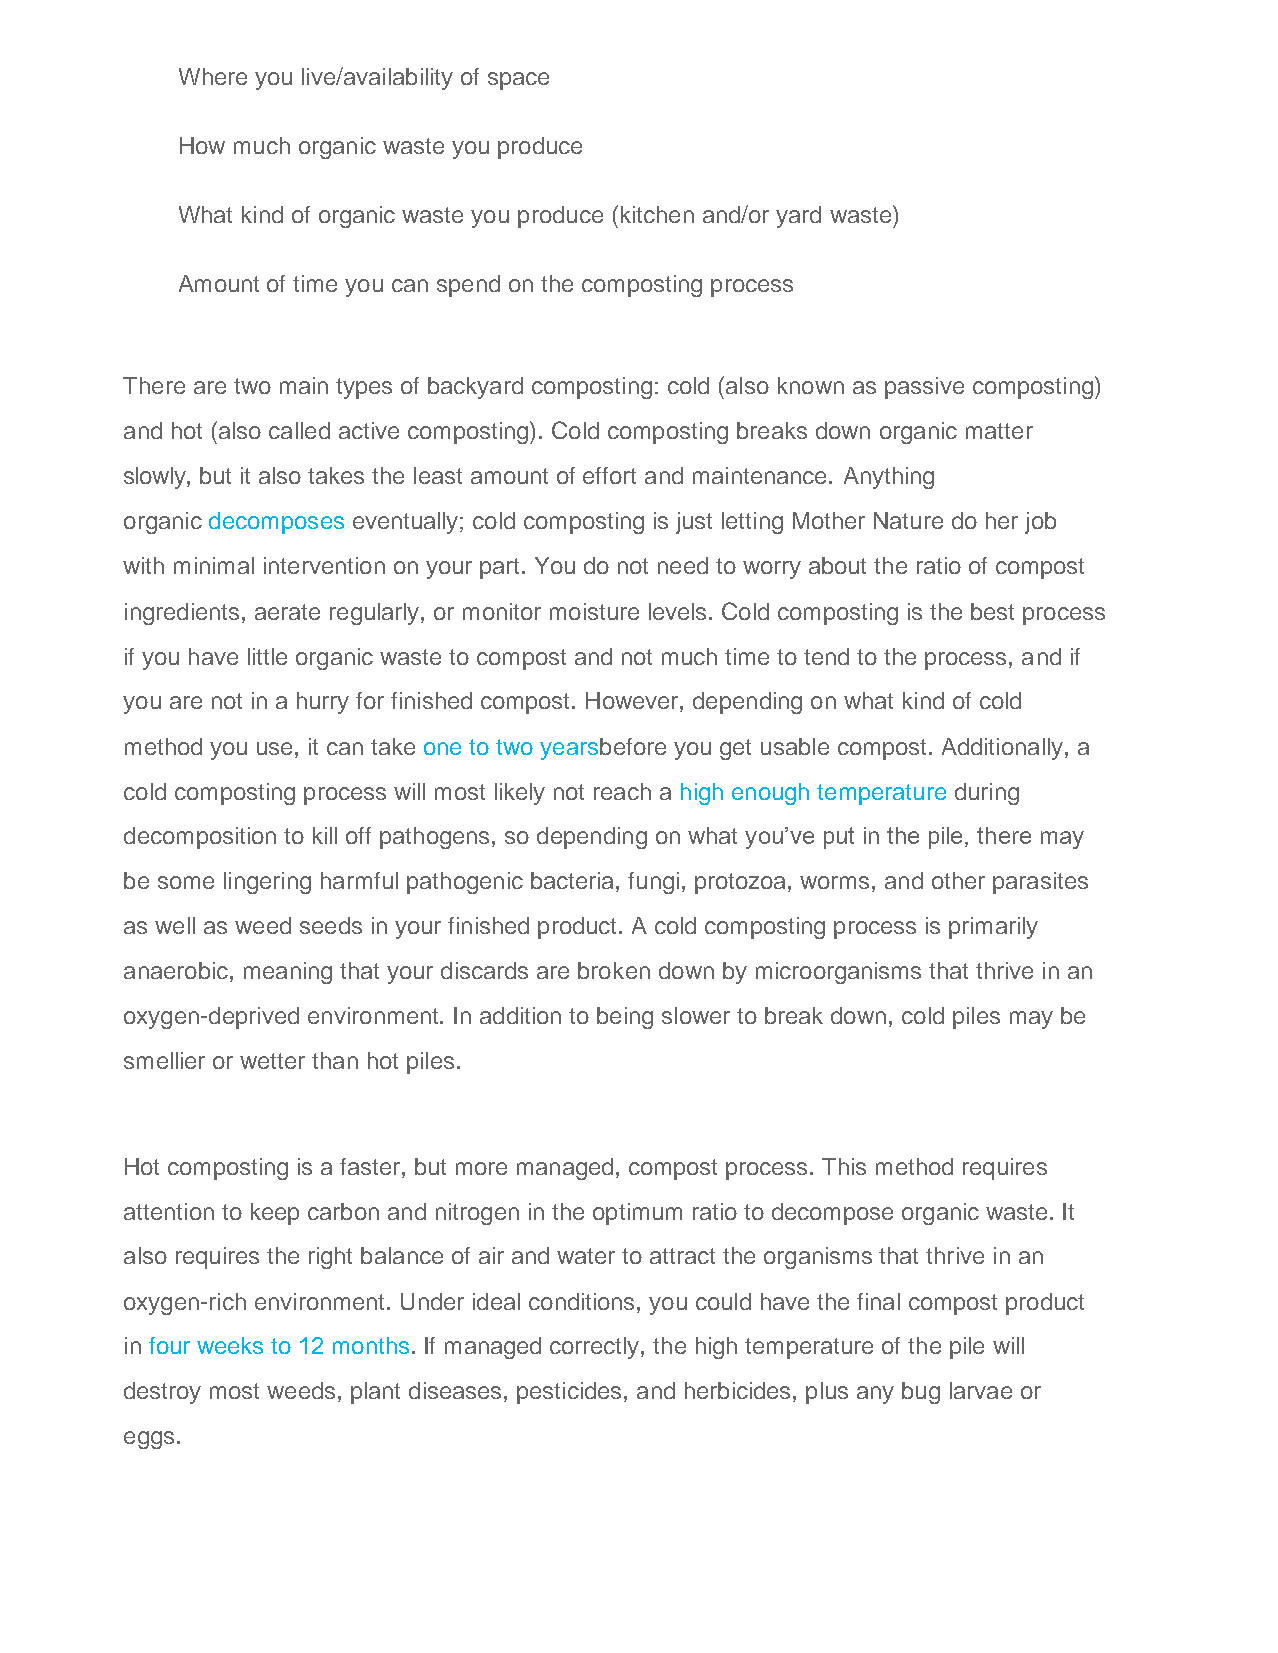
Where you live/availability of space
 How much organic waste you produce
 What kind of organic waste you produce (kitchen and/or yard waste)
 Amount of time you can spend on the composting process
 There are two main types of backyard composting: cold (also known as passive composting)
 and hot (also called active composting). Cold composting breaks down organic matter
 slowly, but it also takes the least amount of effort and maintenance. Anything
 organic decomposes eventually; cold composting is just letting Mother Nature do her job
 with minimal intervention on your part. You do not need to worry about the ratio of compost
 ingredients, aerate regularly, or monitor moisture levels. Cold composting is the best process
 if you have little organic waste to compost and not much time to tend to the process, and if
 you are not in a hurry for finished compost. However, depending on what kind of cold
 method you use, it can take one to two yearsbefore you get usable compost. Additionally, a
 cold composting process will most likely not reach a high enough temperature during
 decomposition to kill off pathogens, so depending on what you’ve put in the pile, there may
 be some lingering harmful pathogenic bacteria, fungi, protozoa, worms, and other parasites
 as well as weed seeds in your finished product. A cold composting process is primarily
 anaerobic, meaning that your discards are broken down by microorganisms that thrive in an
 oxygen-deprived environment. In addition to being slower to break down, cold piles may be
 smellier or wetter than hot piles.
 Hot composting is a faster, but more managed, compost process. This method requires
 attention to keep carbon and nitrogen in the optimum ratio to decompose organic waste. It
 also requires the right balance of air and water to attract the organisms that thrive in an
 oxygen-rich environment. Under ideal conditions, you could have the final compost product
 in four weeks to 12 months. If managed correctly, the high temperature of the pile will
 destroy most weeds, plant diseases, pesticides, and herbicides, plus any bug larvae or
 eggs.